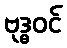
ဗုဒ္ဓဝင်